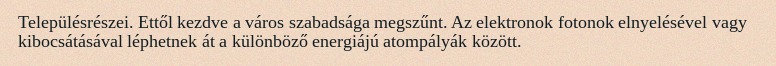
Településrészei. Ettől kezdve a város szabadsága megszűnt. Az elektronok fotonok elnyelésével vagy kibocsátásával léphetnek át a különböző energiájú atompályák között.